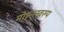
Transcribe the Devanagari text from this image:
मोहनस्वरुप